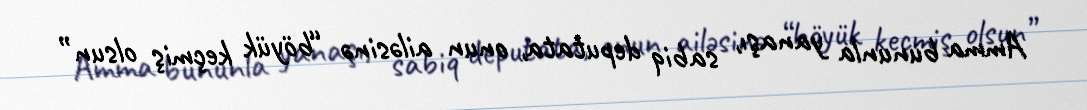
Amma bununla yanaşı, sabiq deputata, onun ailəsinə “böyük keçmiş olsun”